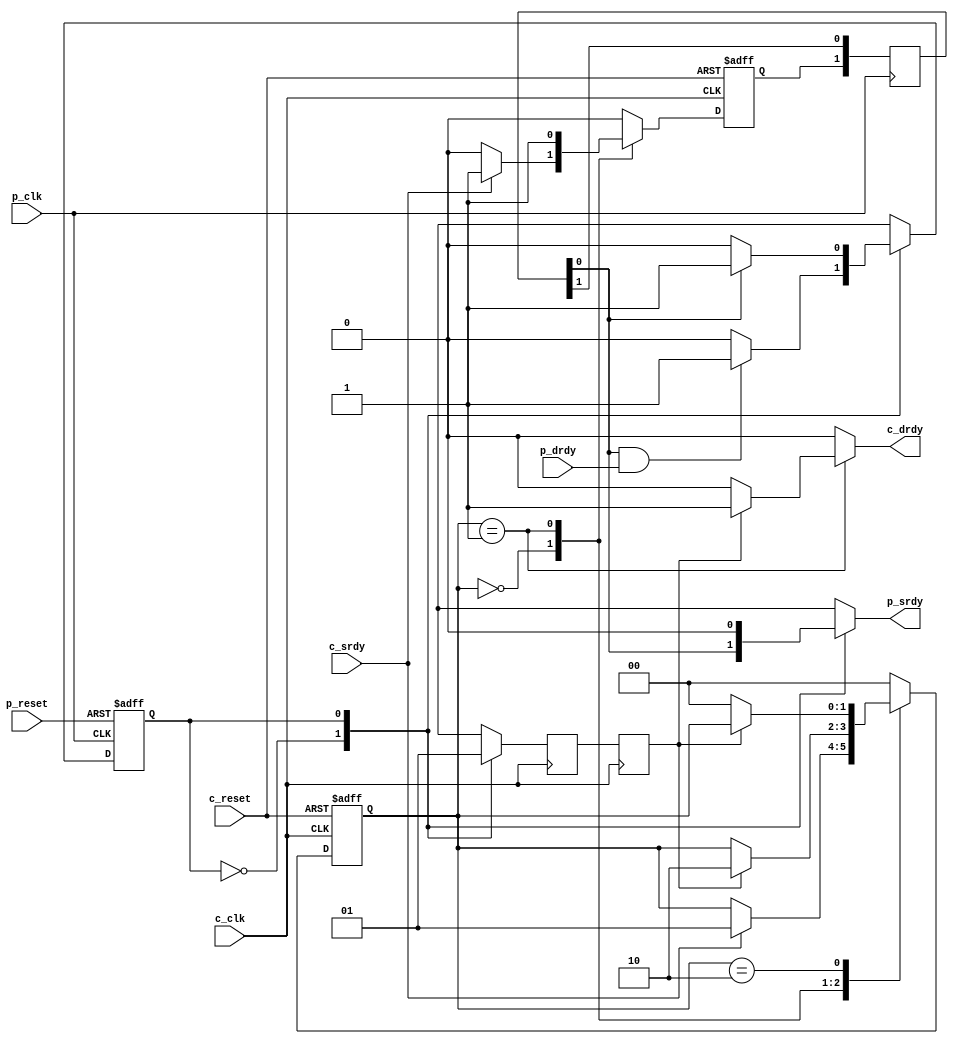
//----------------------------------------------------------------------
// Srdy/Drdy Sync Block
//
// Provides synchronization across clock domains for an srdy/drdy
// pair.  Assumes low utilization; for high utilization see sd_fifo_a.
//
// Only syncs control signals, data can be passed directly to the
// receiver.
//
// Naming convention: c = consumer, p = producer
//----------------------------------------------------------------------
//
// This block is uncopyrighted and released into the public domain.
//----------------------------------------------------------------------

// delay unit for nonblocking assigns, default is to #1
`ifndef SDLIB_DELAY 
 `define SDLIB_DELAY #1 
`endif

module sd_sync
  #(parameter edge_det = 0)
  (
   input       c_clk,
   input       c_reset,
   input       c_srdy,
   output reg  c_drdy,

   input       p_clk,
   input       p_reset,
   output reg  p_srdy,
   input       p_drdy
   );

  reg          launch_a, nxt_launch_a;

  reg          sync_ack_b, ack_b;
  reg [1:0]    psync_b; // pulse sync A to B
  reg          p_ack;
  reg          p_state, nxt_p_state;
  reg [1:0]    c_state, nxt_c_state;

  localparam ps_idle = 0, ps_ack = 1;
  localparam cs_idle = 0, cs_req = 1, cs_clear = 2;

  //------------------------------------------------------------
  // Consumer Clock Domain
  //------------------------------------------------------------

  always @*
    begin
      nxt_launch_a = 0;
      c_drdy = 0;
      nxt_c_state = c_state;

      case (c_state)
        cs_idle :
          begin
            if (c_srdy)
              begin
                nxt_launch_a = 1;
                nxt_c_state  = cs_req;
              end
          end

        cs_req :
          begin
            nxt_launch_a = 1;

            if (ack_b)
              begin
                c_drdy = 1;
                nxt_c_state = cs_clear;
              end
          end

        cs_clear :
          begin
            if (!ack_b)
              nxt_c_state = cs_idle;
          end

        default : nxt_c_state = cs_idle;
      endcase
    end // always @ *
  
  
  always @(posedge c_clk or posedge c_reset)
    begin
      if (c_reset)
        begin
          launch_a <= `SDLIB_DELAY 1'b0;
          c_state  <= `SDLIB_DELAY cs_idle;
        end
      else
        begin
          launch_a <= `SDLIB_DELAY nxt_launch_a;
          c_state  <= `SDLIB_DELAY nxt_c_state;
        end
    end

  always @(posedge c_clk)
    begin
      ack_b      <= `SDLIB_DELAY sync_ack_b;
      sync_ack_b <= `SDLIB_DELAY p_ack;
    end

  //------------------------------------------------------------
  // Producer Clock Domain
  //------------------------------------------------------------

  always @(posedge p_clk or posedge p_reset)
    begin
      if (p_reset)
        p_state <= `SDLIB_DELAY ps_idle;
      else
        p_state <= `SDLIB_DELAY nxt_p_state;
    end
      
  always @(posedge p_clk)
    begin
      psync_b   <= `SDLIB_DELAY { launch_a, psync_b[1] };
    end

  always @*
    begin
      p_ack = 0;
      p_srdy = 0;
      nxt_p_state = p_state;
      
      case (p_state)
        ps_idle :
          begin
            p_srdy = psync_b[0];

            if (psync_b[0] & p_drdy)
              begin
                nxt_p_state = ps_ack;
              end
          end

        ps_ack :
          begin
            p_srdy = 0;
            p_ack  = 1;

            if (!psync_b[0])
              nxt_p_state = ps_idle;
          end

      endcase // case (p_state)
    end // always @ *

endmodule // sd_sync